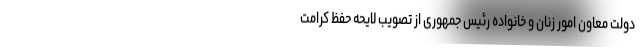
دولت معاون امور زنان و خانواده رئیس جمهوری از تصویب لایحه حفظ کرامت